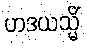
ဟဒယသ္မိံ